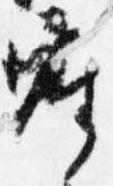
座